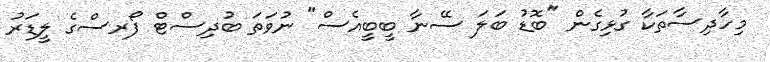
މިހާދިސާތަކާ ގުޅިގެން "ބޮޑު ބަލަ ސޭނާ ބީބީއެސް" ނުވަތަ ބުދިސްޓް ފޯރސްގެ ލީޑަރު